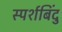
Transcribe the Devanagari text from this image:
स्पर्शबिंदु